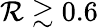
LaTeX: \mathcal{R}\gtrsim0.6